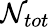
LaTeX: \mathcal{N}_{tot}